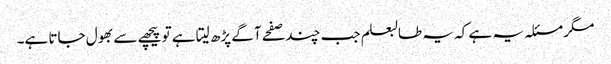
مگر مسئلہ یہ ہے کہ یہ طالبعلم جب چند صفحے آگے پڑھ لیتا ہے تو پیچھے سے بھول جاتا ہے۔